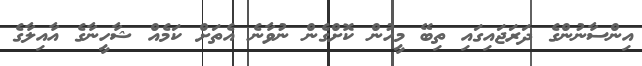
އިންސާނުންގެ ދަރަޖައިގައި ތިބޭ މީހުން ކޮށްގެން ނުވާނެ އެތަށް ކަމެއް ޝާހީނާގެ އާއިލާގެ